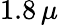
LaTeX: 1.8\, \mu